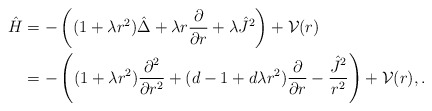
\begin{align*} {\hat H} &= - \left((1+\lambda r^2)\hat{\Delta} + \lambda r \frac{\partial}{\partial r} + \lambda {\hat J}^2 \right) + {\cal V}(r) \\ &= - \left((1+\lambda r^2)\frac{\partial^2}{\partial r^2} + (d-1+d\lambda r^2)\frac{\partial}{\partial r} - \frac{{\hat J}^2}{r^2}\right) + {\cal V}(r),. \end{align*}